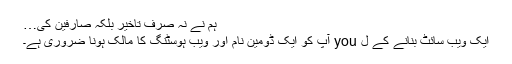
ہم نے نہ صرف تاخیر بلکہ صارفین کی…
ایک ویب سائٹ بنانے کے ل you آپ کو ایک ڈومین نام اور ویب ہوسٹنگ کا مالک ہونا ضروری ہے۔